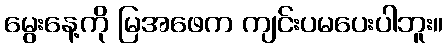
မွေးနေ့ကို မြအဖေက ကျင်းပမပေးပါဘူး။